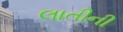
લાતીની